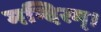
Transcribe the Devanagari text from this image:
मन्दिरम्।